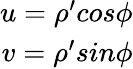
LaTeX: \begin{array}{r}{u=\rho^{\prime}cos\phi}\\ {v=\rho^{\prime}sin\phi}\end{array}